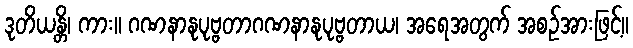
ဒုတိယန္တိ၊ ကား။ ဂဏနာနုပုဗ္ဗတာဂဏနာနုပုဗ္ဗတာယ၊ အရေအတွက် အစဉ်အားဖြင့်။